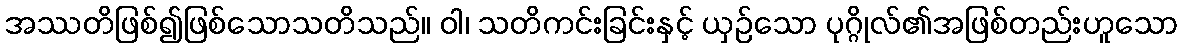
အဿတိဖြစ်၍ဖြစ်သောသတိသည်။ ဝါ၊ သတိကင်းခြင်းနှင့် ယှဉ်သော ပုဂ္ဂိုလ်၏အဖြစ်တည်းဟူသော